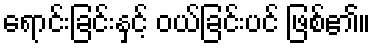
ရောင်းခြင်းနှင့် ဝယ်ခြင်းပင် ဖြစ်၏။